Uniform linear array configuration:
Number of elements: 48
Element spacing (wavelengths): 0.25
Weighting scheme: exponential
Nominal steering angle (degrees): -45
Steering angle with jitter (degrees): -44.915
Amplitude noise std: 0.05
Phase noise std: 0.05

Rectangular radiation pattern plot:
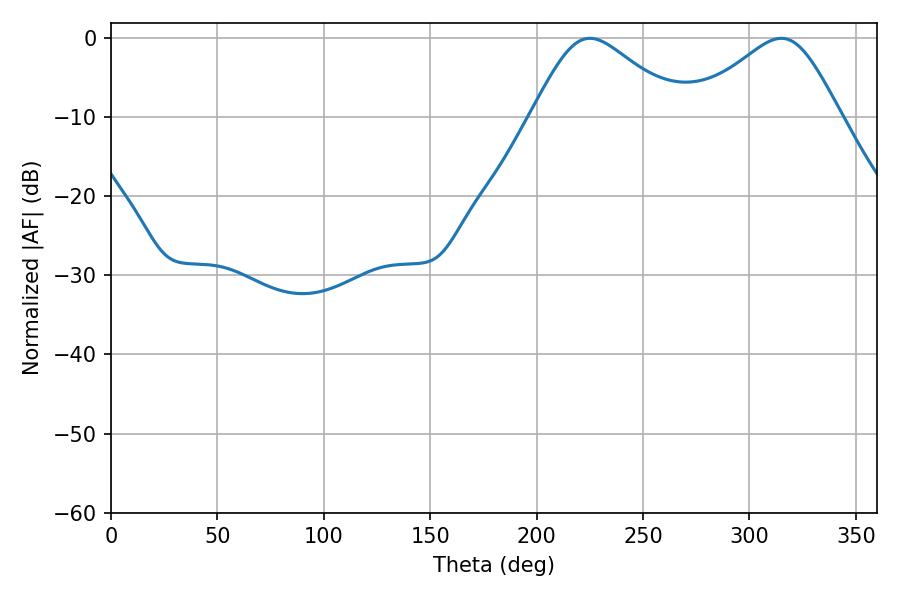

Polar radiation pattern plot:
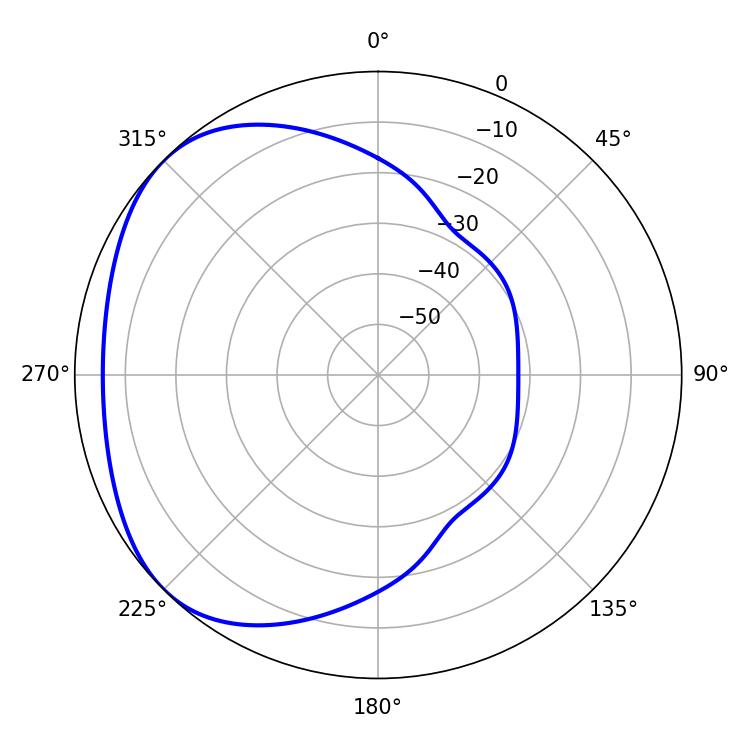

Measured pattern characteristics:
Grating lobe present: FALSE
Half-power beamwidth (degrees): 34.56
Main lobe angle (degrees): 225